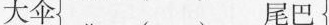
大伞 尾巴